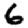
Digit: 6